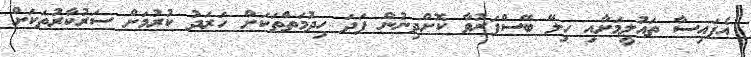
އެފައިސާ ތައުލީމަށާއި ހިލޭ ބޭސްފަރުވާ ކޮށްދިނުން ފަދަ ހިދުމަތްތަކަށް ހަރަދު ކުރުމަށް ސަރުކާރުތަކަށް